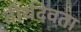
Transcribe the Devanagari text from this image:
तीर्थदेवता